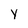
Character: y